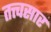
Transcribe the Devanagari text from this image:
तत्त्वसार